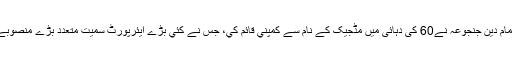
ان کے والد میاں امام دین جنجوعہ نے60 کی دہائی ميں مڈجيک کے نام سے کمپني قائم کي، جس نے کئي بڑے ايئرپورٹ سميت متعدد بڑے منصوبے مکمل کيے ہيں۔